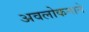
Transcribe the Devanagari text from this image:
अवलोकनाने